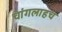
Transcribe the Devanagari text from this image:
चांगलाहच